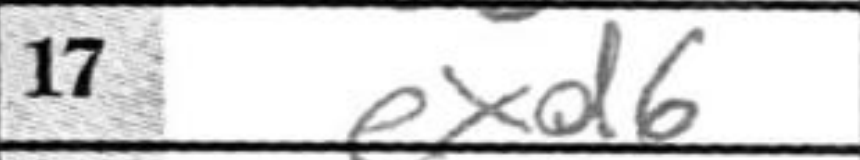
Transcription: exd6